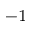
^ { - 1 }